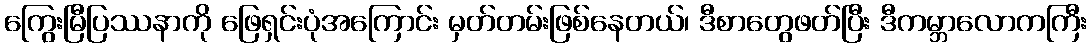
ကြွေးမြီပြဿနာကို ဖြေရှင်းပုံအကြောင်း မှတ်တမ်းဖြစ်နေတယ်၊ ဒီစာတွေဖတ်ပြီး ဒီကမ္ဘာလောကကြီး